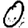
Digit: 0